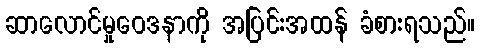
ဆာလောင်မှုဝေဒနာကို အပြင်းအထန် ခံစားရသည်။